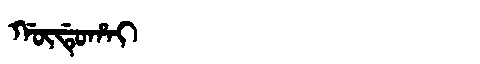
Manchu: ᡤᡡᡩᡠᡥᠠᡳ
Romanization: GŪDUHAI